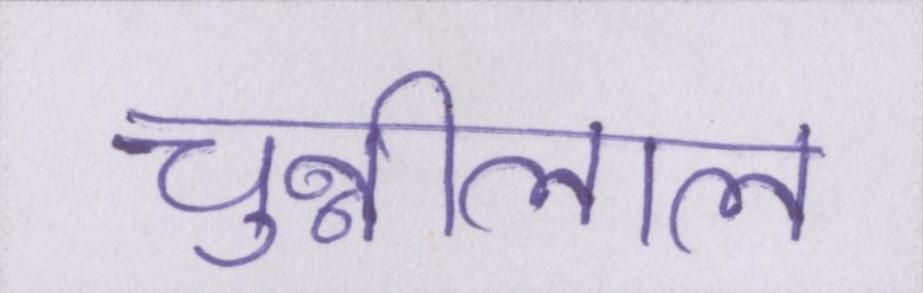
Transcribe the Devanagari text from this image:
चुन्नीलाल